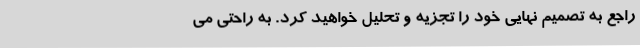
راجع به تصمیم نهایی خود را تجزیه و تحلیل خواهید کرد. به راحتی می